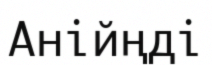
Анійңді